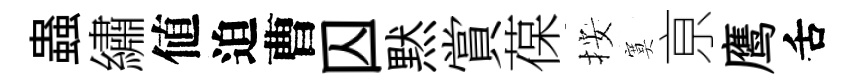
蟲繡値迫曹囚黙賞葆按寞亰鹰舌